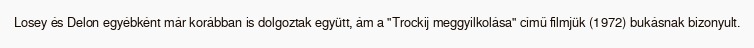
Losey és Delon egyébként már korábban is dolgoztak együtt, ám a "Trockij meggyilkolása" című filmjük (1972) bukásnak bizonyult.